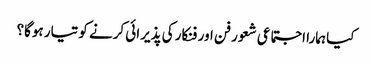
کیا ہمارا اجتماعی شعور فن اور فنکار کی پذیرائی کرنے کو تیار ہوگا؟